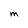
Character: M